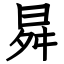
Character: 曻